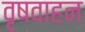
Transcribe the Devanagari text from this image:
वृषवाहन